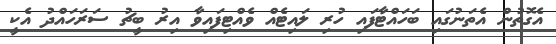
އެގޮތުން އެތަނުގައި ބަހައްޓާފައި ހުރި ލައިޓެއް ވެއްޓިފައިވާ އިރު ބީޗު ސަރަހައްދު އެކީ